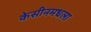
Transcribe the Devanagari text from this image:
केसीनमधला